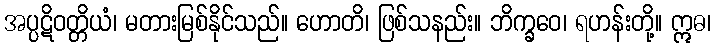
အပ္ပဋိဝတ္တိယံ၊ မတားမြစ်နိုင်သည်။ ဟောတိ၊ ဖြစ်သနည်း။ ဘိက္ခဝေ၊ ရဟန်းတို့။ ဣဓ၊